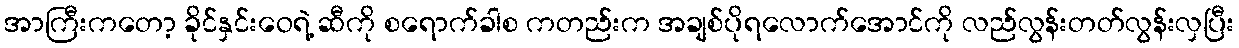
အာကြီးကတော့ ခိုင်နှင်းဝေရဲ့ ဆီကို စရောက်ခါစ ကတည်းက အချစ်ပိုရလောက်အောင်ကို လည်လွန်းတတ်လွန်းလှပြီး